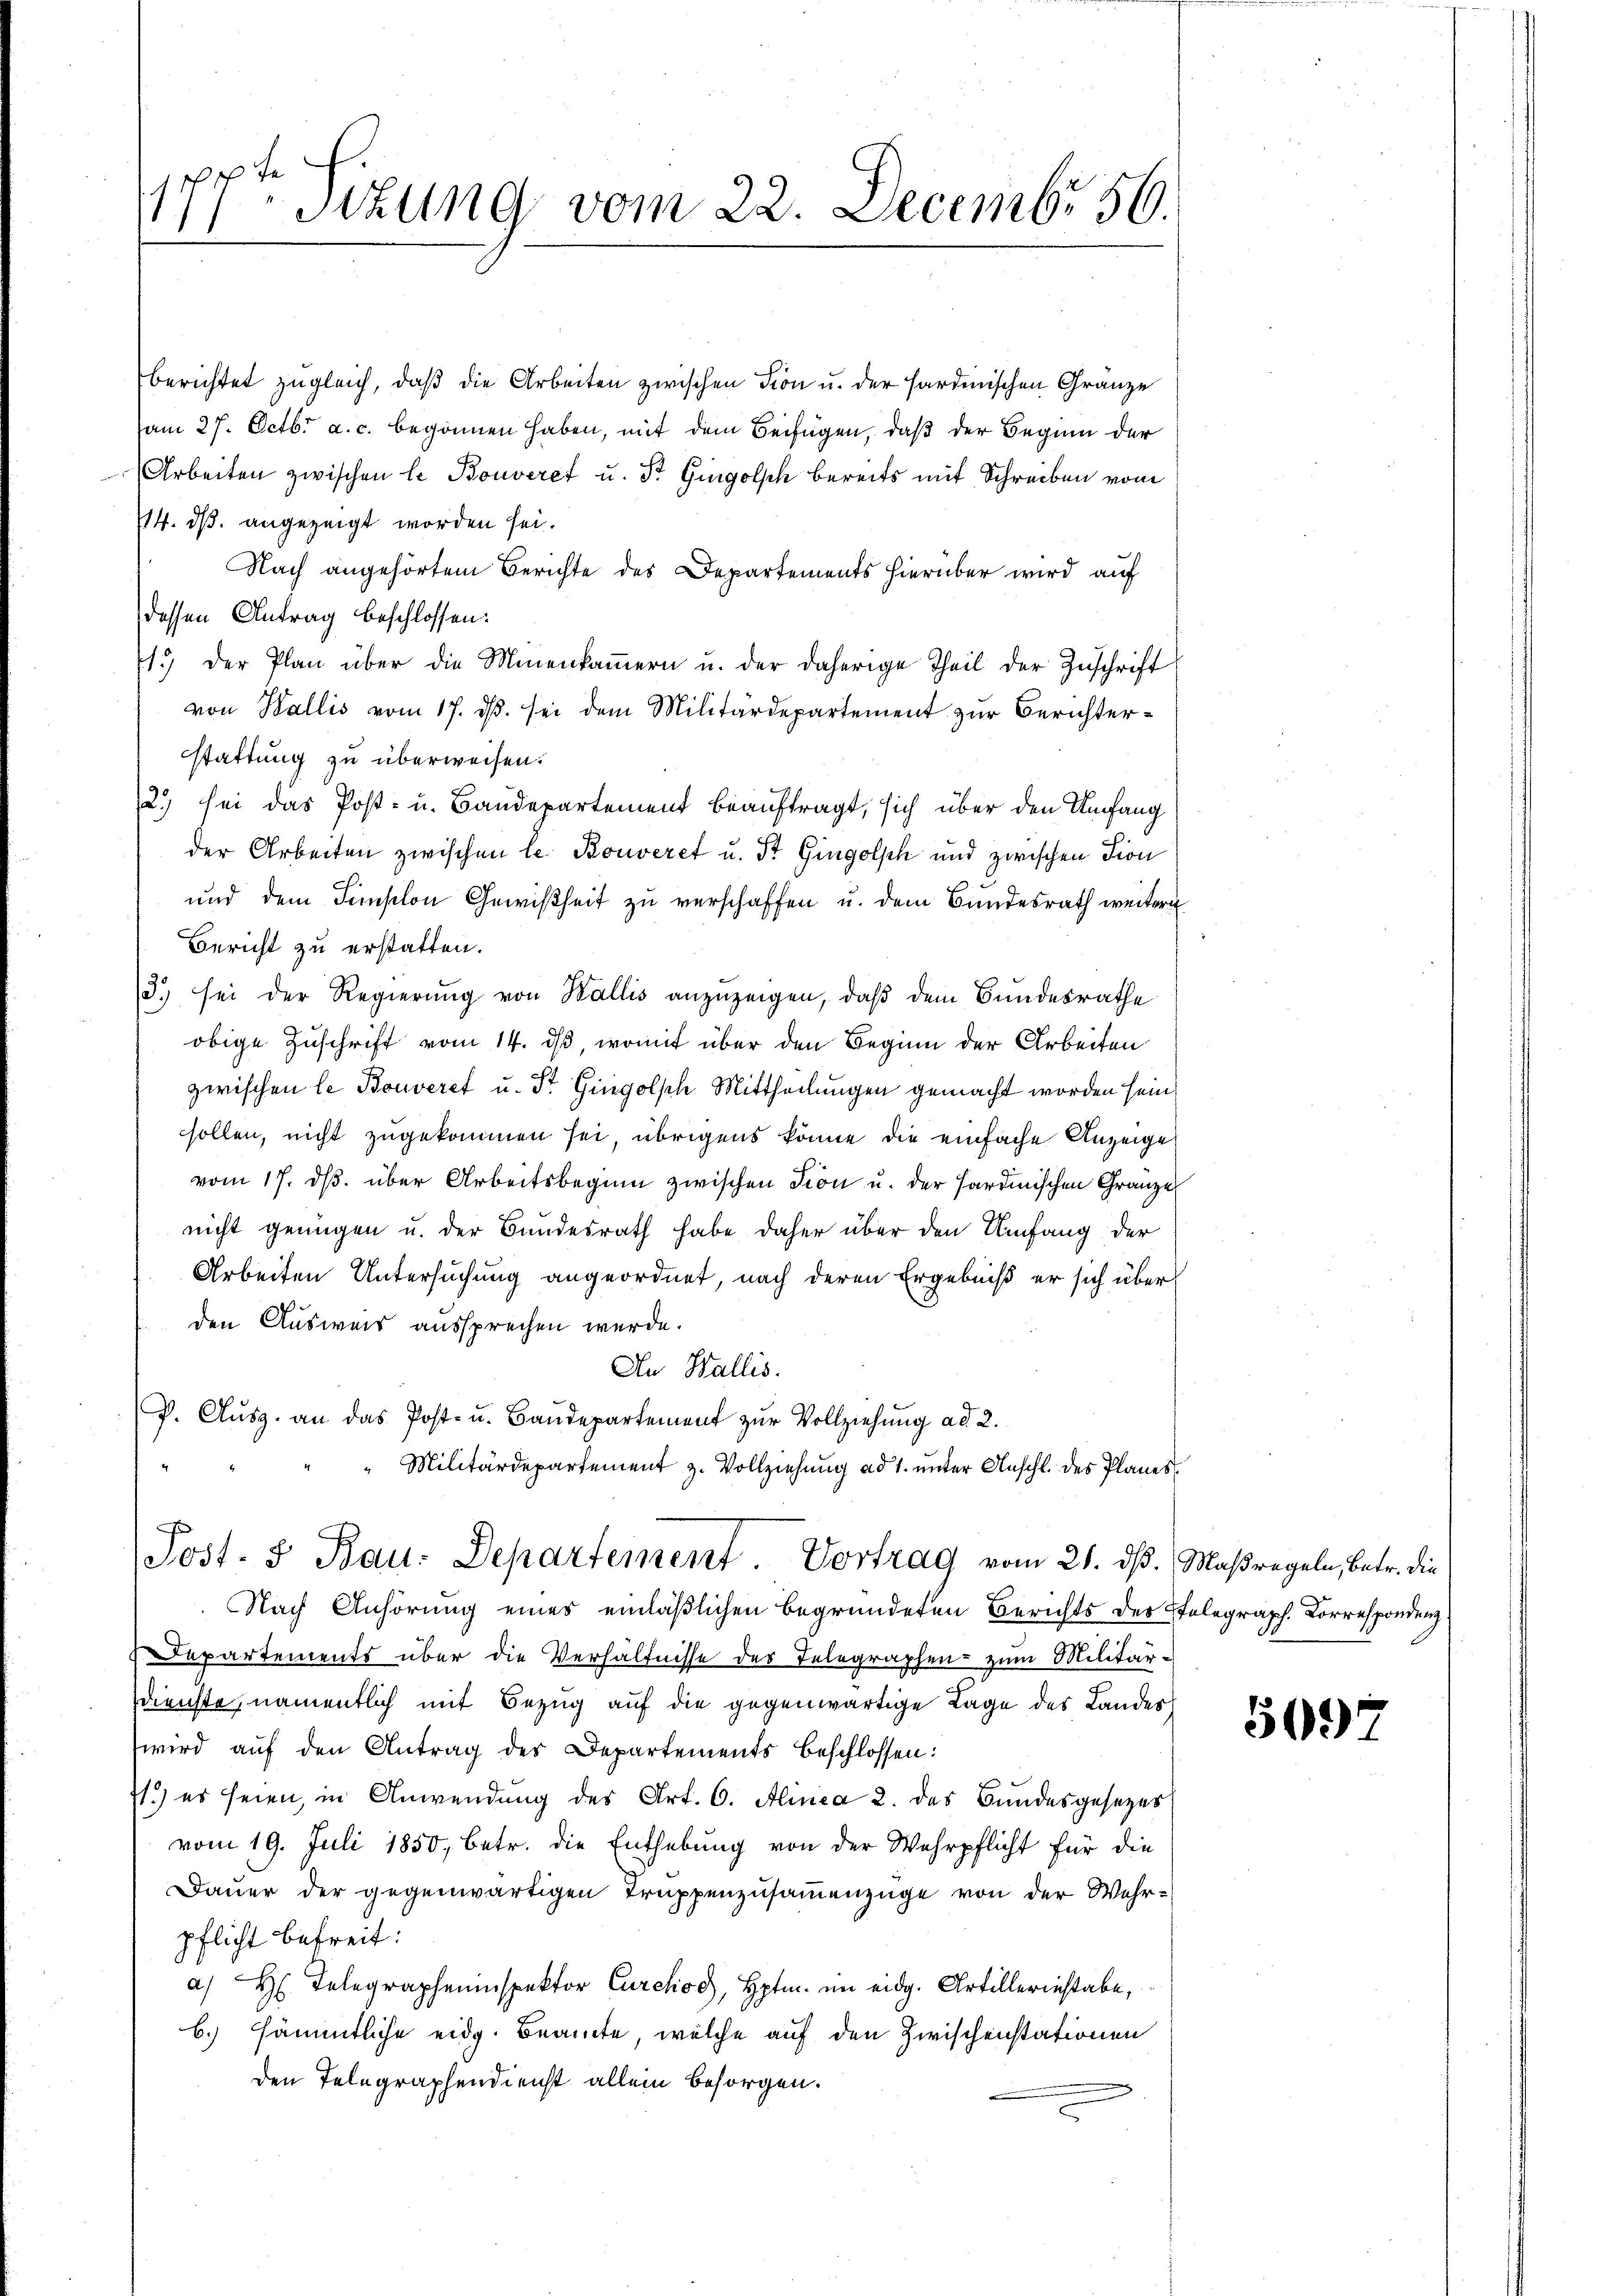
11
1Stzung vom 22. Decembr 56.

berichtet zugleich, daß die Arbeiten zwischen Dion u. der Hardinischen Gränze
am 27. Octbr. a. c. begonnen haben, mit dem Beifügen, daß der Beginn der
Arbeiten zwischen l. Bouveret u. St. Gingolsch bereits mit Schreiben vom
14. dß. angezeigt worden sei.
Nach angehörtem Berichte des Departements hierüber wird auf
dessen Antrag beschlossen:
1.) Der Plan über die Minenkammern u. der daherige Theil der Zuschrift
von Wallis vom 17. ds. sei dem Militärdepartement zur Berichterstattung zu überweisen.
2) sei das Post- u. Baudepartement beauftragt, sich über den Umfang
der Arbeiten zwischen le Konveret u. St. Gingolsch und zwischen Dion
und dem Finslon Gewißheit zu verschaffen u. dem Bundesrath weitern
Bericht zu erstatten.
3.) sei der Regierung von Wallis anzuzeigen, daß dem Bundesrathe
obige Zuschrift vom 14. ds, womit über den Beginn der Arbeiten
zwischen le Bouveret u. St. Gingolsche Mittheilungen gemacht worden sein
sollen, nicht zugekommen sei, übrigens könne die einfache Anzeige
vom 17. ds. über Arbeitsbeginn zwischen Fion u. der Hardinischen Gränze
nicht genügen u. der Bundesrath habe daher über den Umfang der
Arbeiten Untersuchung angeordnet, nach deren Ergebniß er sich über
den Ausweis aussprechen werde.
An Wallis.
P. Ausg. an das Post- u. Baudepartement zur Vollziehung ad 2.
"Militärdepartement z. Vollziehung ad 1. unter Anschl. des Planes.
Post- & Bau. Departement Vortrag vom 21. ds. Maßregeln, betr. die
Nach Anhörung eines einläßlichen begründeten Berichts des Telegraph. Korrespondenz
 Departements über die Verhältnisse des Telegraphen- zum Militär-
dienste, namentlich mit Bezug auf die gegenwärtige Lage des Landeswird auf den Antrag des Departements beschlossen:
71.) es seien, in Anwendung des Art. 6. Alinea 2. des Bundesgesezes
vom 19. Juli 1850, betr. die Enthebung von der Wehrpflicht für die
Dauer der gegenwärtigen Truppenzusammenzüge von der Wehrpflicht befreit:
a) Hr. Telegrapheninspektor Curehos, Hptm. im eidg. Artillerinstabe,
b.) sämmtliche eidg. Beamte, welche auf den Zwischenstationen
den Telegraphendienst allein besorgen.

569)